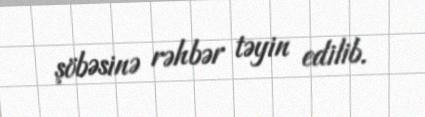
şöbəsinə rəhbər təyin edilib.